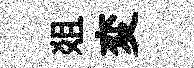
爼変